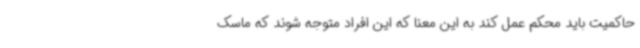
حاکمیت باید محکم عمل کند به این معنا که این افراد متوجه شوند که ماسک